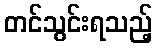
တင်သွင်းရသည့်